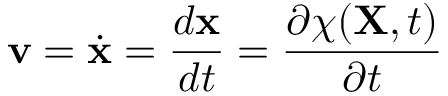
\ \mathbf { v } = { \dot { \mathbf { x } } } = { \frac { d \mathbf { x } } { d t } } = { \frac { \partial \chi ( \mathbf { X } , t ) } { \partial t } }